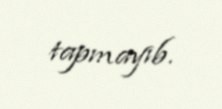
tapmayıb.